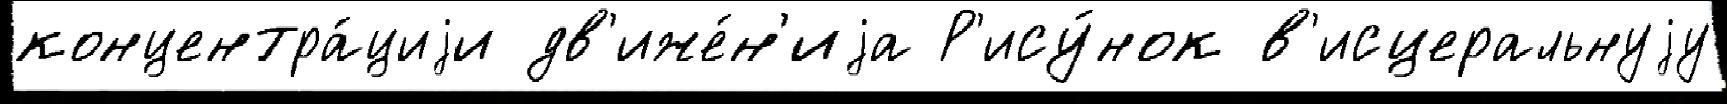
концентра́циjи дв'иже́н'иjа Р'ису́нок в'исцеральнуjу